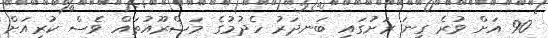
90 އަށް ވުރެ ގިނަ ރަށުގައި ބަނދަރު ހެދުމުގެ މަޝްރޫއުތައް ވެސް ކުރިއަށް